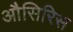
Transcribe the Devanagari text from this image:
औसिरिस